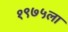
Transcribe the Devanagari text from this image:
१९७५ला